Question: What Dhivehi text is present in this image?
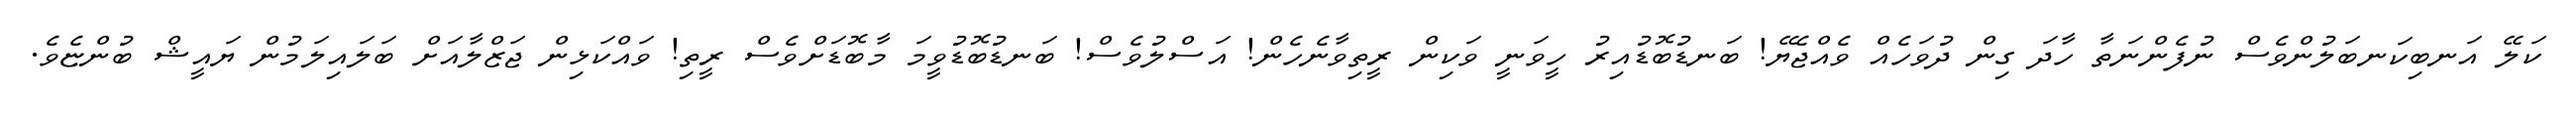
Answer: ކަލޭ އަނބިކަނބަލުންވެސް ނުފެންނަތާ ހާދަ ގިން ދުވަހެއް ވެއްޖެޔޭ! ބަނޑުބޮޑުއިރު ހީވަނީ ވަކިން ރީތިވާނެހެން! އަސްލުވެސް! ބަނޑުބޮޑުވީމަ މާބޮޑަށްވެސް ރީތި! ވައްކަޅިން ޖަޒްލާއަށް ބަލައިލަމުން ޔައީޝް ބުންޏެވެ.